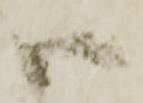
ハ